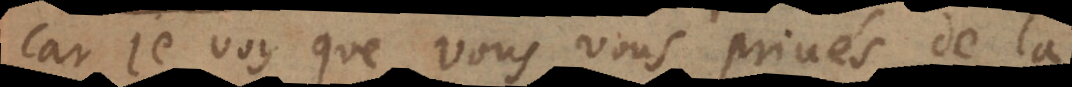
car je voy que vous vous privés de la